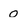
Character: o